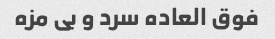
فوق العاده سرد و بی مزه